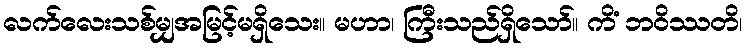
လက်လေးသစ်မျှအမြင့်မရှိသေး။ မဟာ၊ ကြီးသည်ရှိသော်။ ကိံ ဘဝိဿတိ၊